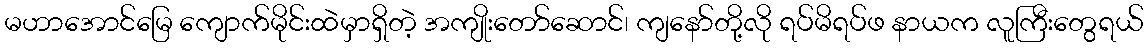
မဟာအောင်မြေ ကျောက်မိုင်းထဲမှာရှိတဲ့ အကျိုးတော်ဆောင်၊ ကျနော်တို့လို ရပ်မိရပ်ဖ နာယက လူကြီးတွေရယ်